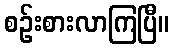
စဉ်းစားလာကြပြီ။